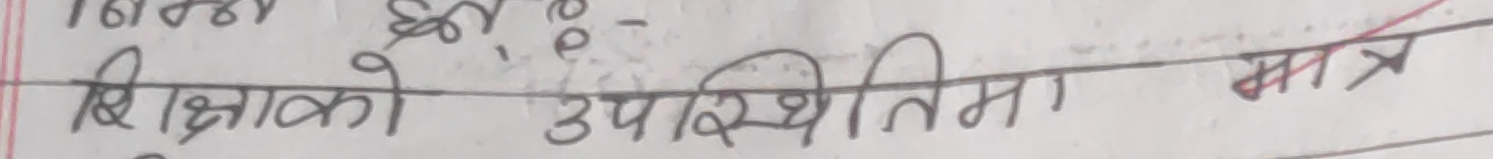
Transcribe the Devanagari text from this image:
शिक्षको उपस्थितिमा मात्र